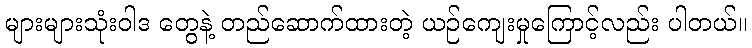
များများသုံးဝါဒ တွေနဲ့ တည်ဆောက်ထားတဲ့ ယဉ်ကျေးမှုကြောင့်လည်း ပါတယ်။